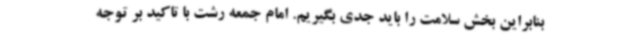
بنابراین بخش سلامت را باید جدی بگیریم. امام جمعه رشت با تاکید بر توجه